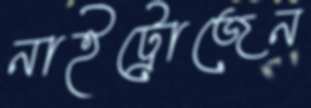
নাইট্রোজেন